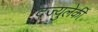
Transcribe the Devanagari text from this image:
दज्युलेकी